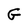
Character: G